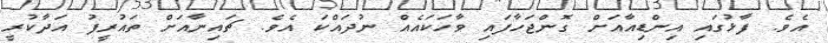
އެވެ. ފާޅުގައި އިންޑިއާއަށް ގޮންޖަހާފައި ވާހަކައެއް ނުދައްކަ އެވެ. ޗައިނާއަށް ތައުރީފު އަދާކުރީ